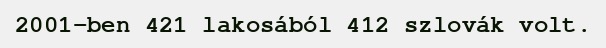
2001-ben 421 lakosából 412 szlovák volt.